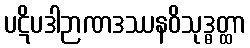
ပဋိပဒါဉာဏဒဿနဝိသုဒ္ဓတ္ထာ